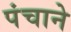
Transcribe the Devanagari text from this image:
पंचाने